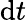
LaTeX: \textrm dt